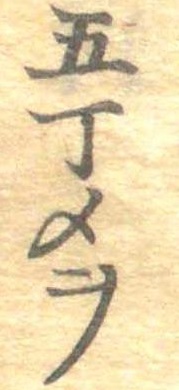
五丁メヲ